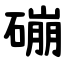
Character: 磞